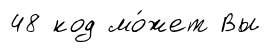
48 код мо́жет Вы